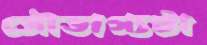
সৌভাগ্যটা